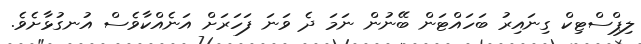
ލިޕްސްޓިކް ގިނައިރު ބަހައްޓަން ބޭނުން ނަމަ ދެ ވަނަ ފަހަރަށް އަނެއްކާވެސް އުނގުޅާށެވެ.